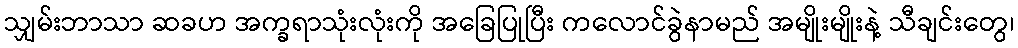
သျှမ်းဘာသာ ဆခဟ အက္ခရာသုံးလုံးကို အခြေပြုပြီး ကလောင်ခွဲနာမည် အမျိုးမျိုးနဲ့ သီချင်းတွေ၊